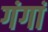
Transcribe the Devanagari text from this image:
गंगां